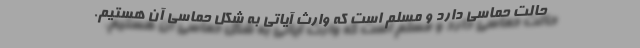
حالت حماسی دارد و مُسَلَم است که وارث آیاتی به شکل حماسی آن هستیم.